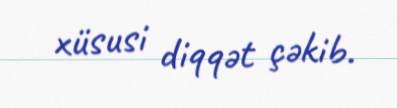
xüsusi diqqət çəkib.